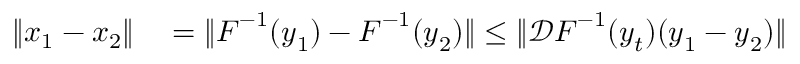
\begin{array} { r l } { \| \boldsymbol { x } _ { 1 } - \boldsymbol { x } _ { 2 } \| } & { { } = \| \boldsymbol { F } ^ { - 1 } ( \boldsymbol { y } _ { 1 } ) - \boldsymbol { F } ^ { - 1 } ( \boldsymbol { y } _ { 2 } ) \| \le \| \mathcal { D } \boldsymbol { F } ^ { - 1 } ( \boldsymbol { y } _ { t } ) ( \boldsymbol { y } _ { 1 } - \boldsymbol { y } _ { 2 } ) \| } \end{array}